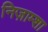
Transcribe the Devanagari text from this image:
निज़ाम्शा